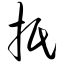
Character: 抿